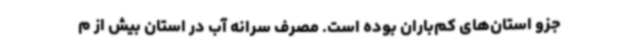
جزو استان‌های کم‌باران بوده‌ است. مصرف سرانه آب در استان بیش از م